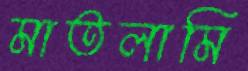
মাতলামি